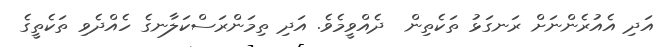
އަދި އެއުރެންނަށް ރަނގަޅު ތަކެތިން  ދެއްވީމެވެ. އަދި ތިމަންރަސްކަލާނގެ ހެއްދެވި ތަކެތީގެ